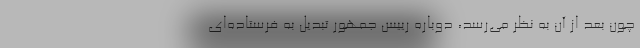
چون بعد از آن به نظر می‌رسد، دوباره رییس جمهور تبدیل به فرستاده‌ای